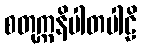
စတုက္ကနိပါတပါဠိ